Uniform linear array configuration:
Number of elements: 4
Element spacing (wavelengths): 0.75
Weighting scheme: cosine
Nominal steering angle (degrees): -45
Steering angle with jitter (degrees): -44.484
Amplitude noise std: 0.05
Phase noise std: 0.05

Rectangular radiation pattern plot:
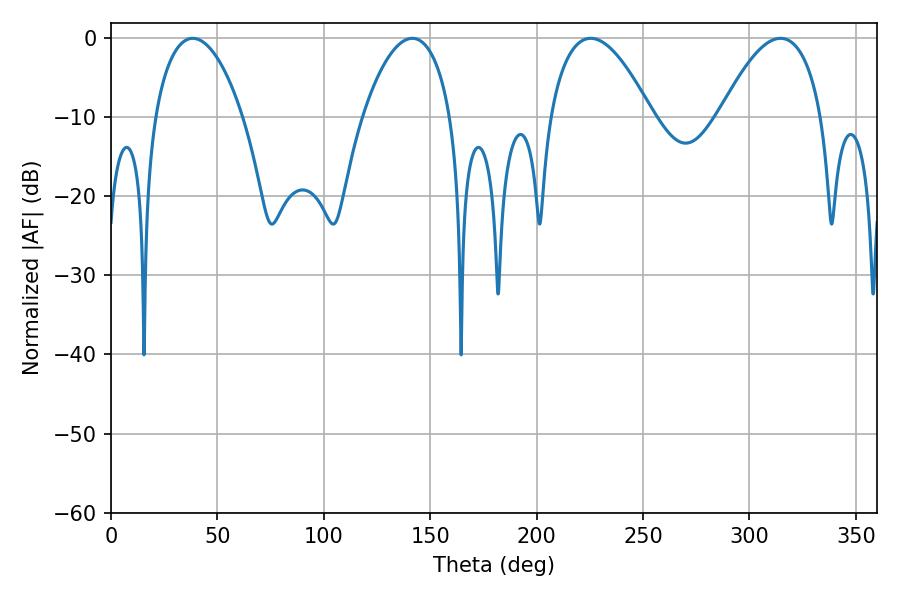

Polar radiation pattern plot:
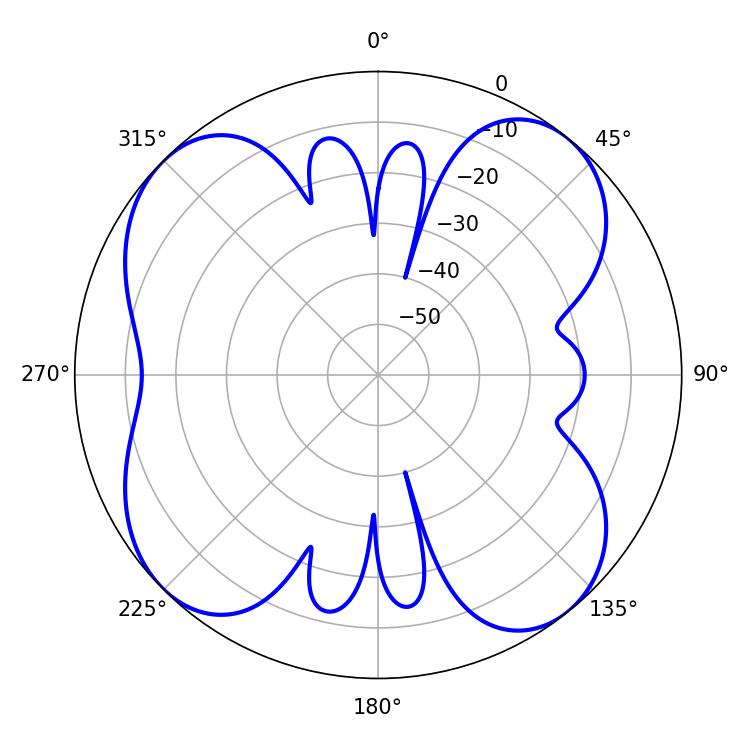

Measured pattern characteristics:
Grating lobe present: TRUE
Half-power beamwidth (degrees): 26.46
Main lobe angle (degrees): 225.36